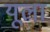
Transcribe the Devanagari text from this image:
यूला